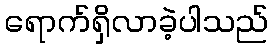
ရောက်ရှိလာခဲ့ပါသည်